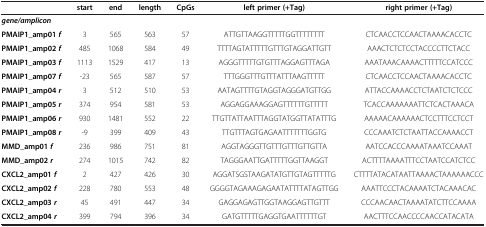
|  | start | end | length | CpGs | left primer (+Tag) | right primer (+Tag) |
 | --- | --- | --- | --- | --- | --- | --- |
 | gene/amplicon |  |  |  |  |  |  |
 | PMAIP1_amp01 f | 3 | 565 | 563 | 57 | ATTGTTAAGGTTTTTGGTTTTTTTT | CTCAACCTCCAACTAAAACACCTC |
 | PMAIP1_amp02 f | 485 | 1068 | 584 | 49 | TTTTAGTATTTTTGTTTGTAGGATTGTT | AAACTCTCTCCTACCCCTTCTACC |
 | PMAIP1_amp03 f | 1113 | 1529 | 417 | 13 | AGGGTTTTTGTGTTTAGGAGTTTAGA | AAATAAACAAAACTTTTTCCATCCC |
 | PMAIP1_amp07 f | -23 | 565 | 587 | 57 | TTTGGGTTTGTTTATTTAAGTTTTT | CTCAACCTCCAACTAAAACACCTC |
 | PMAIP1_amp04 r | 3 | 512 | 510 | 53 | AATAGTTTTGTAGGTAGGGATGTTGG | ATTACCAAAACCTCTAATCTCTCCC |
 | PMAIP1_amp05 r | 374 | 954 | 581 | 53 | AGGAGGAAAGGAGTTTTTTGTTTTT | TCACCAAAAAAATTCTCACTAAACA |
 | PMAIP1_amp06 r | 930 | 1481 | 552 | 22 | TTGTTATTAATTTAGGTATGGTTATATTTG | AAAAACAAAAAACTCCTTTCCTCCT |
 | PMAIP1_amp08 r | -9 | 399 | 409 | 43 | TTGTTTAGTGAGAATTTTTTTGGTG | CCCAAATCTCTAATTACCAAAACCT |
 | MMD_amp01 f | 236 | 986 | 751 | 81 | AGGTAGGGTTGTTTGTTTGTTGTTA | AATCCACCCAAAATAAATCCAAAT |
 | MMD_amp02 r | 274 | 1015 | 742 | 82 | TAGGGAATTGATTTTTGGTTAAGGT | ACTTTTAAAATTTCCTAATCCATCTCC |
 | CXCL2_amp01 f | 2 | 427 | 426 | 30 | AGGATSGSTAAGATATGTTGTAGTTTTTG | CTTTTATACATAATTAAAACTAAAAAACCC |
 | CXCL2_amp02 f | 228 | 780 | 553 | 48 | GGGGTAGAAAGAGAATATTTTATAGTTGG | AAATTCCCTACAAAATCTACAAACAC |
 | CXCL2_amp03 r | 45 | 491 | 447 | 34 | GAGGAGAGTTGGTAAGGAGTTGTTT | CCCAACAACTAAAATATCTTCCAAAA |
 | CXCL2_amp04 r | 399 | 794 | 396 | 34 | GATGTTTTTGAGGTGAATTTTTTGT | AACTTTCCAACCCCAACCATACATA |